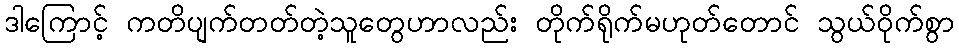
ဒါကြောင့် ကတိပျက်တတ်တဲ့သူတွေဟာလည်း တိုက်ရိုက်မဟုတ်တောင် သွယ်ဝိုက်စွာ